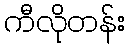
ကီလိုတန်း